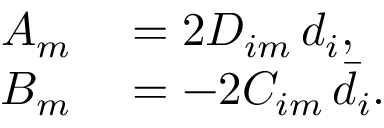
\begin{array} { r l } { A _ { m } } & { { } = 2 D _ { i m } \, d _ { i } , } \\ { B _ { m } } & { { } = - 2 C _ { i m } \, \bar { d } _ { i } . } \end{array}